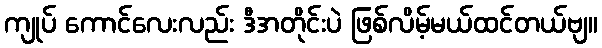
ကျုပ် ကောင်လေးလည်း ဒီအတိုင်းပဲ ဖြစ်လိမ့်မယ်ထင်တယ်ဗျ။